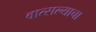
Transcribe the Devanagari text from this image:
वात्सल्याचा